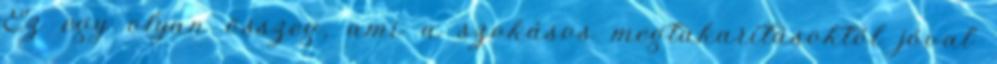
Ez egy olyan összeg, ami a szokásos megtakarításoktól jóval